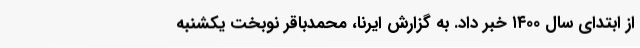
از ابتدای سال ۱۴۰۰ خبر داد. به گزارش ایرنا، محمدباقر نوبخت یکشنبه